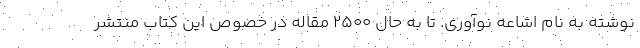
نوشته به نام اشاعه نوآوری. تا به حال ۲۵۰۰ مقاله در خصوص این کتاب منتشر